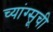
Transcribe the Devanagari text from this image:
च्यांग्सूची